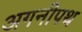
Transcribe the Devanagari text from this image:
अगनीपथ